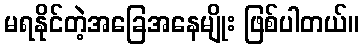
မရနိုင်တဲ့အခြေအနေမျိုး ဖြစ်ပါတယ်။